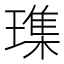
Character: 𪼛